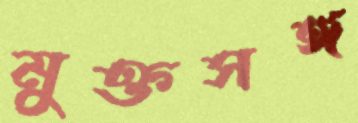
মুক্তসঙ্গ